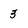
Character: 3